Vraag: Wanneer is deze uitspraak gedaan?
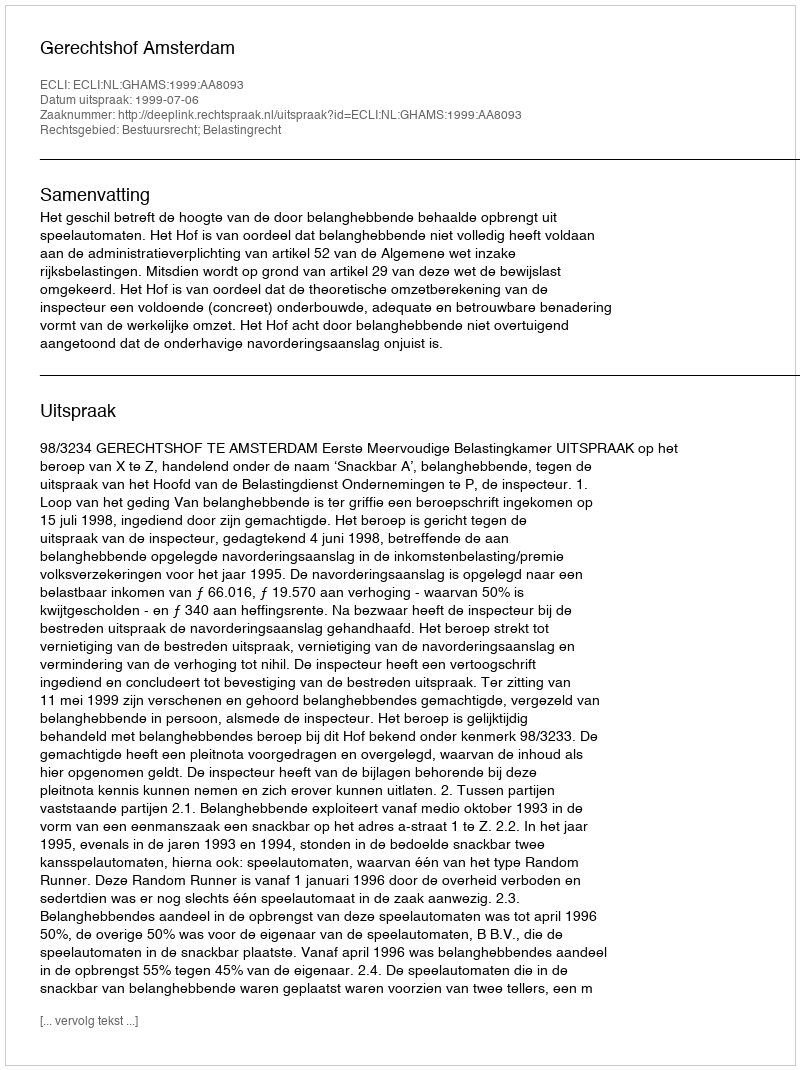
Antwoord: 1999-07-06